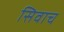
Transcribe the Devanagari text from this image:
सिवाच